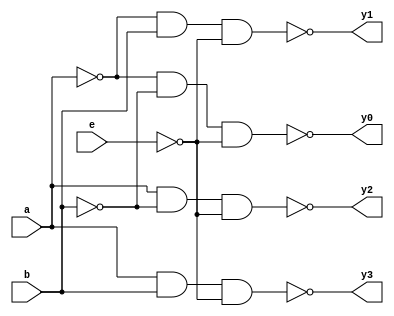
module de24(
    output y0, y1, y2, y3,
    input a, b, e
);

wire ac, bc, eb;

  not not0(ac,a);
  not not1(bc,b);
  not not2(eb,e);

nand nand0(y0, ac, bc, eb);
nand nand1(y1, ac, b, eb);
nand nand2(y2, a, bc, eb);
nand nand3(y3, a, b, eb);

endmodule